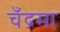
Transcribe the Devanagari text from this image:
चँद्रमा